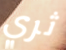
ثري